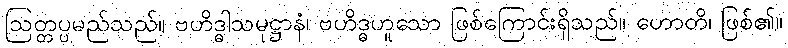
ဩတ္တပ္ပမည်သည်။ ဗဟိဒ္ဓါသမုဋ္ဌာနံ၊ ဗဟိဒ္ဓဟူသော ဖြစ်ကြောင်းရှိသည်။ ဟောတိ၊ ဖြစ်၏။